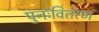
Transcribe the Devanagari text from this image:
पुनःवितरण